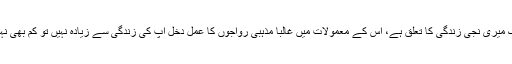
جہاں تک میری نجی زندگی کا تعلق ہے، اس کے معمولات میں غالباً مذہبی رواجوں کا عمل دخل آپ کی زندگی سے زیادہ نہیں تو کم بھی نہیں ہو گا۔